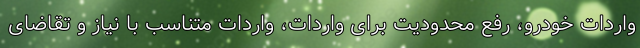
واردات خودرو، رفع محدودیت برای واردات، واردات متناسب با نیاز و تقاضای